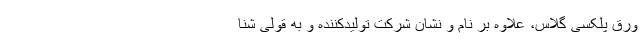
ورق پلکسی گلاس، علاوه بر نام و نشان شرکت تولیدکننده و به قولی شنا